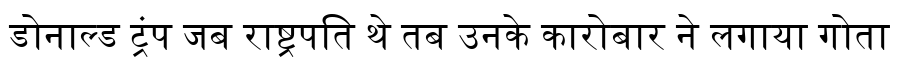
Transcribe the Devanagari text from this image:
डोनाल्ड ट्रंप जब राष्ट्रपति थे तब उनके कारोबार ने लगाया गोता